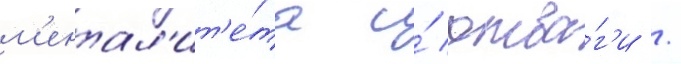
м'ентал'ит'е́та и́ отва́г'и /